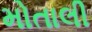
મોતાલી